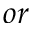
o r